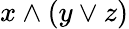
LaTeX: x\wedge(y\vee z)